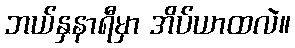
ဘယ်နှနာရီမှာ အိပ်ယာထလဲ။